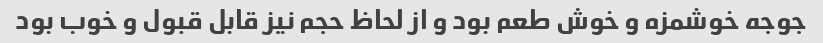
جوجه خوشمزه و خوش طعم بود و از لحاظ حجم نیز قابل قبول و خوب بود